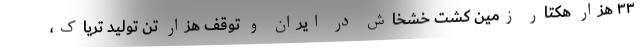
۳۳ هزار هکتار زمین کشت خشخاش در ایران و توقف هزار تن تولید تریاک،